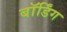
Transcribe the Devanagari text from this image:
बाॅर्डिंग